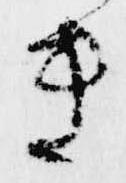
き